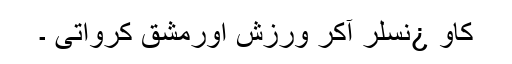
کاو ¿نسلر آکر ورزش اورمشق کرواتی ۔